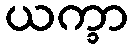
ယက္ခာ